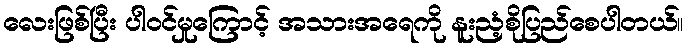
လေးဖြစ်ပြီး ပါဝင်မှုကြောင့် အသားအရေကို နူးညံ့စိုပြည်စေပါတယ်။